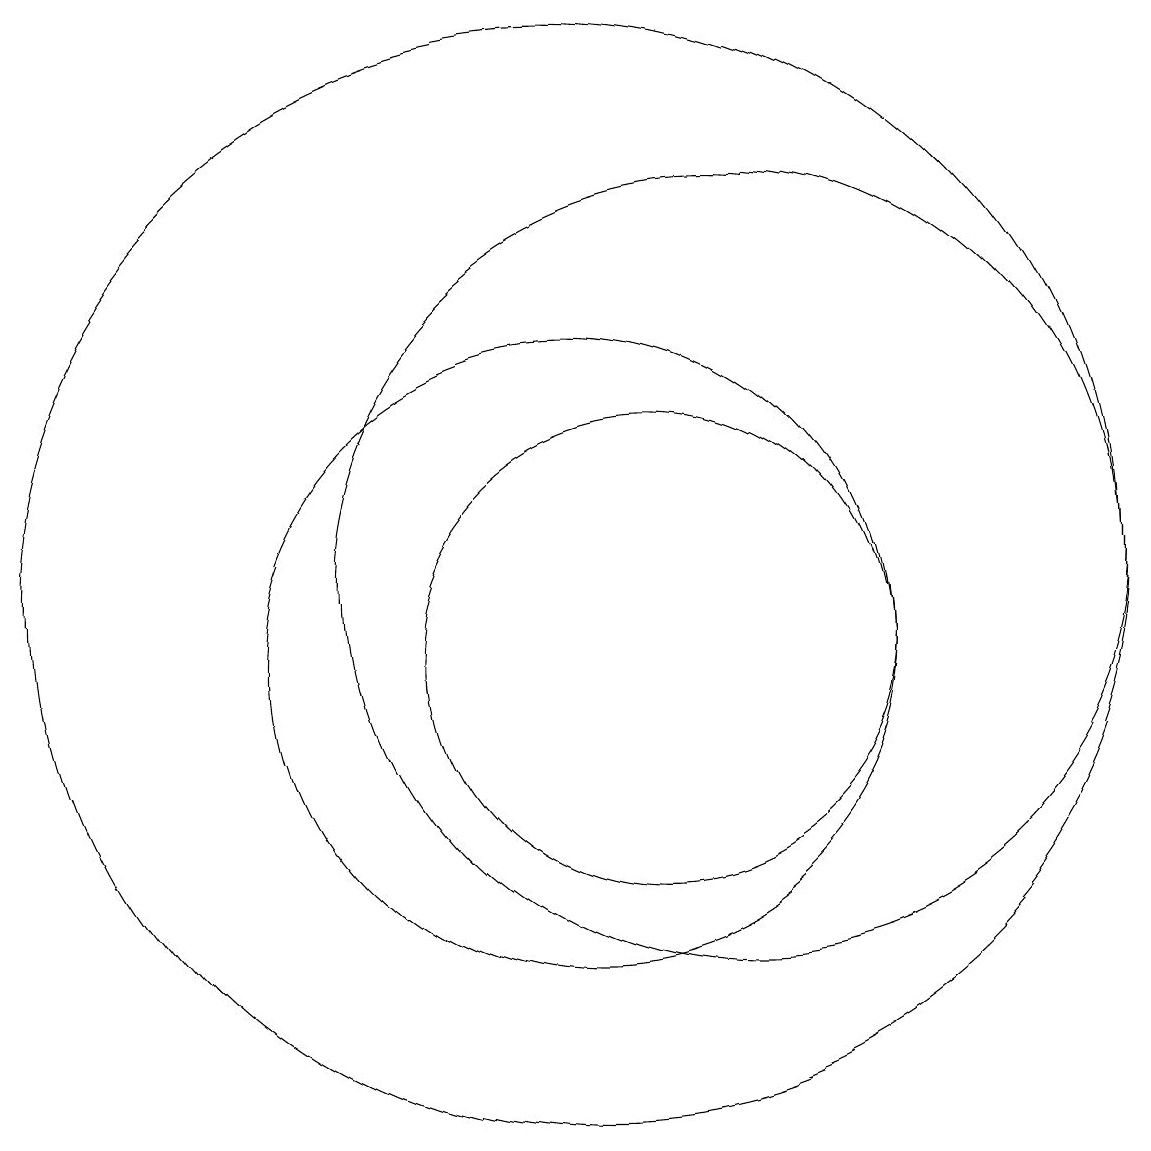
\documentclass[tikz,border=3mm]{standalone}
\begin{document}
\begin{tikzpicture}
\draw (10,11) circle (7);
\draw (12,11) circle (5);
\draw (10,10) circle (4);
\draw (11,10) circle (3);
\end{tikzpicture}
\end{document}